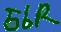
Text: 56R